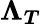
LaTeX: \boldsymbol{\Lambda_{T}}